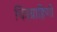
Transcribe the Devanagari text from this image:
चित्रग्राहिणी